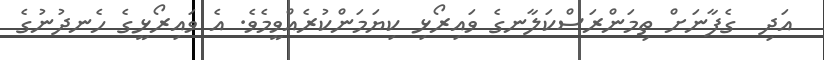
އަދި  ގެފާނަށް ތިމަންރަސްކަލާނގެ ވައިރޯޅި ކިޔަމަންކުރެއްވީމެވެ. އެ ވައިރޯޅީގެ ހެނދުނުގެ